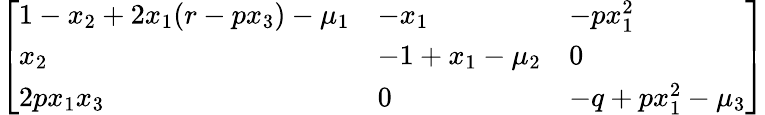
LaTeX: \left[\begin{array}{lll}{1-{x}_{2}+2{x}_{1}(r-p{x}_{3})-{\mu}_{1}}&{-{x}_{1}}&{-p{x}_{1}^{2}}\\ {{x}_{2}}&{-1+{x}_{1}-{\mu}_{2}}&{0}\\ {2p{x}_{1}x_{3}}&{0}&{-q+p{x}_{1}^{2}-{\mu}_{3}}\end{array}\right]